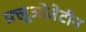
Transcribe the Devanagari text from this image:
फ़्लूओज़ेटीन